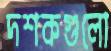
দশকগুলো